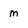
Character: m